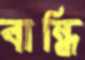
বান্ধি